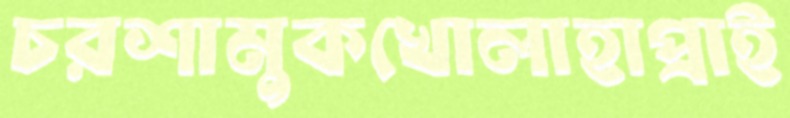
চরশামুকখোলাহাপ্‌রাই